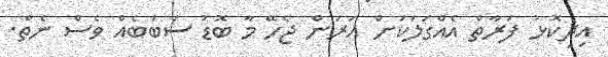
އިދިކޮޅު ފަރާތް އެއްގަލަކަށް އަރަން ޖެހޭ މާ ބޮޑު ސަބަބެއް ވެސް ނެތް.